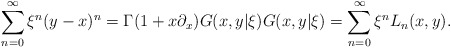
\begin{align*}\sum_{n=0}^{\infty} \xi^{n} (y - x)^{n} = \Gamma(1 + x\partial_{x}) G(x, y| \xi) G(x, y| \xi) = \sum_{n=0}^{\infty} \xi^{n} L_{n}(x, y).\end{align*}